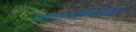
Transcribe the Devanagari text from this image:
नियतकालिंकांमधून